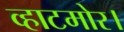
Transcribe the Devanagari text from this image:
व्हाटमोर।